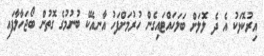
އިރުކޮޅަކު އެ ދެ ލޮލަށް ބަލަހައްޓައިގެން ހުރުމަށްފަހު އާނއެކޭ ބުނުމުގެ ގޮތުން ބޯޖަހާލާފައި